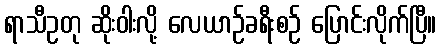
ရာသီဥတု ဆိုးဝါးလို့ လေယာဉ်ခရီးစဉ် ပြောင်းလိုက်ပြီ။